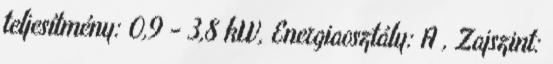
teljesítmény: 0,9 - 3,8 kW, Energiaosztály: A , Zajszint: